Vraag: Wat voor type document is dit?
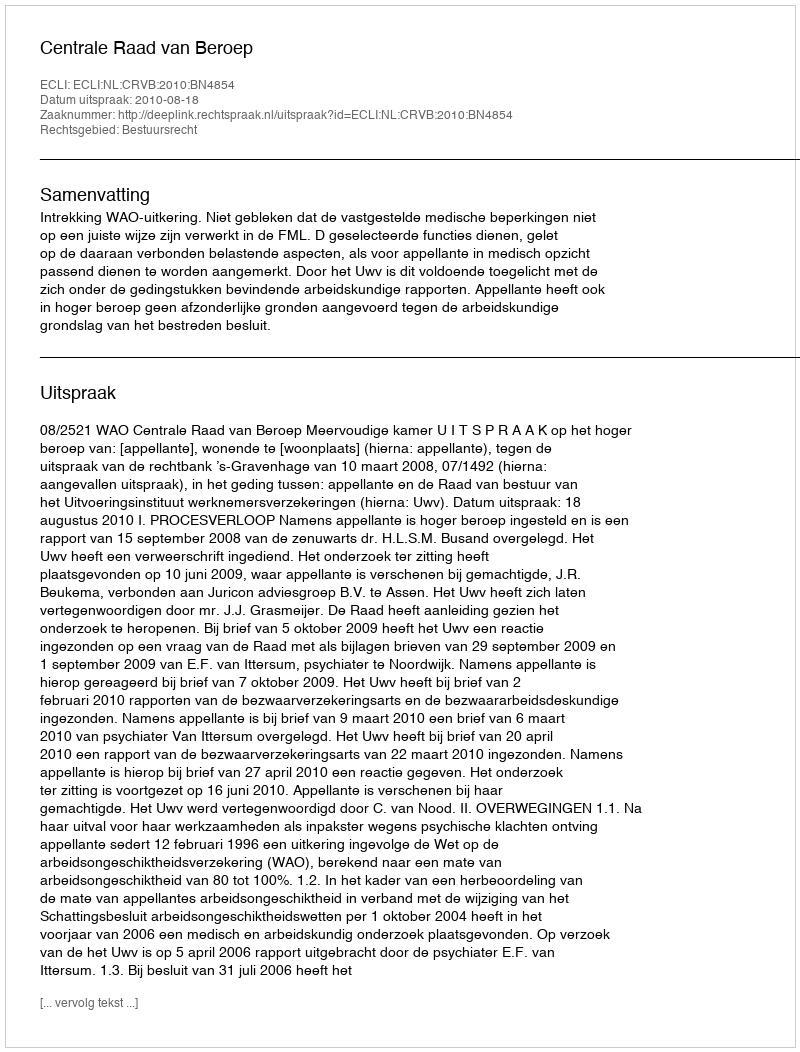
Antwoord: Uitspraak